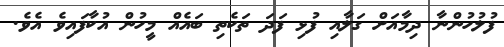
ފުލުހުންނާ ދިމާއަށް ގަލާއި ފުޅި ފަދަ ތަކެތި ބައެއް މީހުން އުކާފައިވެ އެވެ.